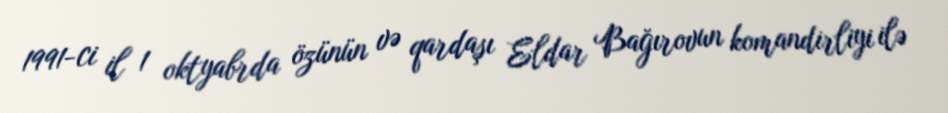
1991-ci il 1 oktyabrda özünün və qardaşı Eldar Bağırovun komandirliyi ilə